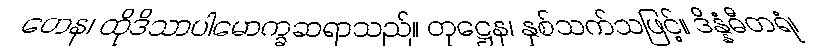
တေန၊ ထိုဒိသာပါမောက္ခဆရာသည်။ တုဋ္ဌေန၊ နှစ်သက်သဖြင့်။ ဒိန္နံဓီတရံ၊